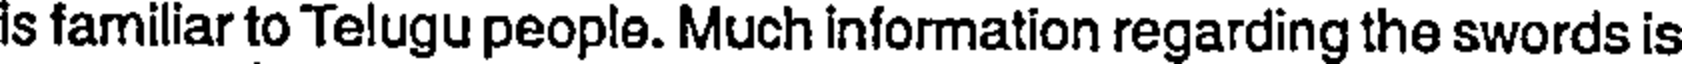
is familiar to Telugu people. Much information regarding the swords is